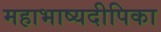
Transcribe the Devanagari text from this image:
महाभाष्यदीपिका